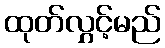
ထုတ်လွှင့်မည်